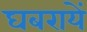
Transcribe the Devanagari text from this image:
घबरायें